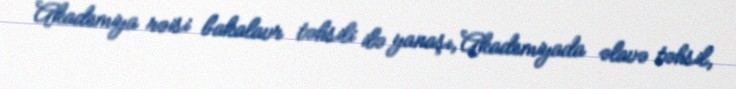
Akademiya rəisi bakalavr təhsili ilə yanaşı, Akademiyada əlavə təhsil,